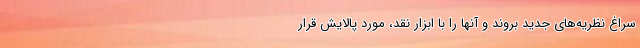
سراغ نظریه‌های جدید بروند و آنها را با ابزار نقد، مورد پالایش قرار